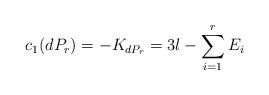
LaTeX: \begin{align*}c_{1}(dP_{r})=-K_{dP_{r}}= 3l-\sum_{i=1}^{r}{E_{i}} \end{align*}